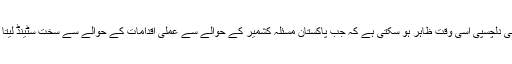
یعنی عالمی دلچسپی اسی وقت ظاہر ہو سکتی ہے کہ جب پاکستان مسئلہ کشمیر کے حوالے سے عملی اقدامات کے حوالے سے سخت سٹینڈ لیتا نظر آئے۔